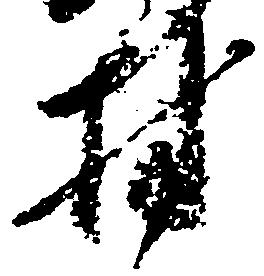
村